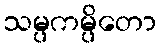
သမ္ပကမ္ပိတော